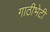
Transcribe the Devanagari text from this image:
गाठीभेटी